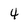
Character: 4